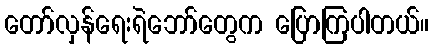
တော်လှန်ရေးရဲဘော်တွေက ပြောကြပါတယ်။